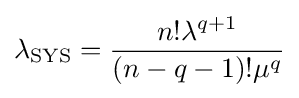
\lambda _{\text{SYS}}={\frac {n!\lambda ^{q+1}}{(n-q-1)!\mu ^{q}}}